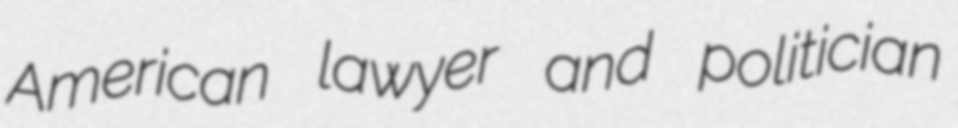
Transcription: American lawyer and politician